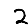
Digit: 2